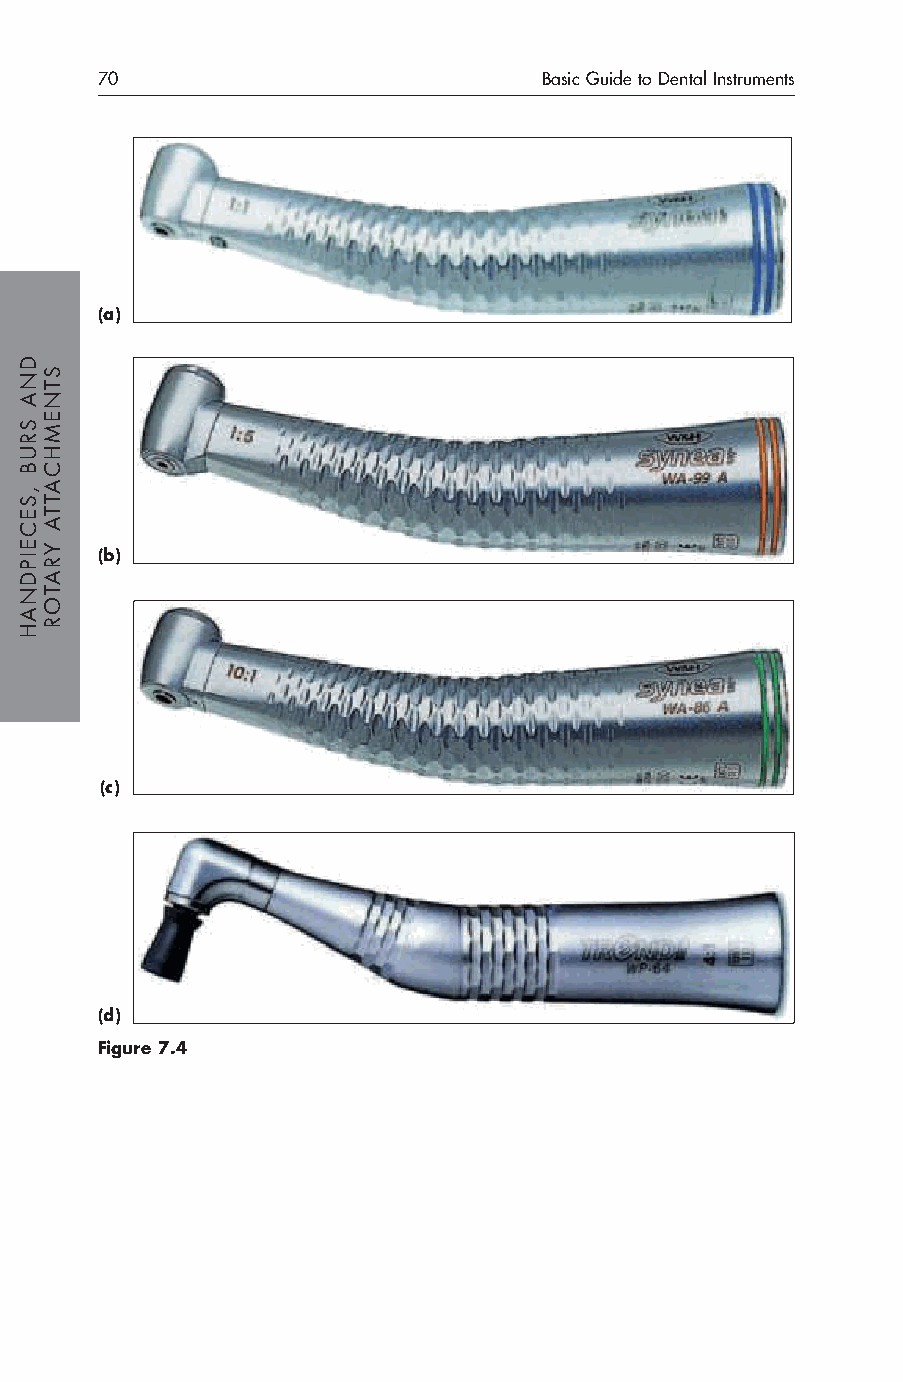
70                            Basic Guide to Dental Instruments
 (a)
 (b)
 (c)
 (d)
 Figure 7.4
 DNA
 SRUB
 ,SECEIPDNAH
 STNEMHCATTA
 YRATOR